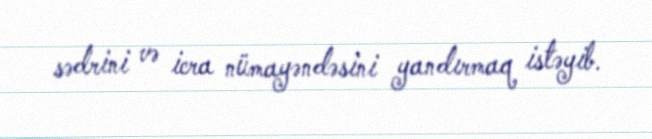
sədrini və icra nümayəndəsini yandırmaq istəyib.